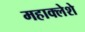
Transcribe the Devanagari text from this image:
महाक्लेशे